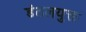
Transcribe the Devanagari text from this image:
डंठलयुक्त